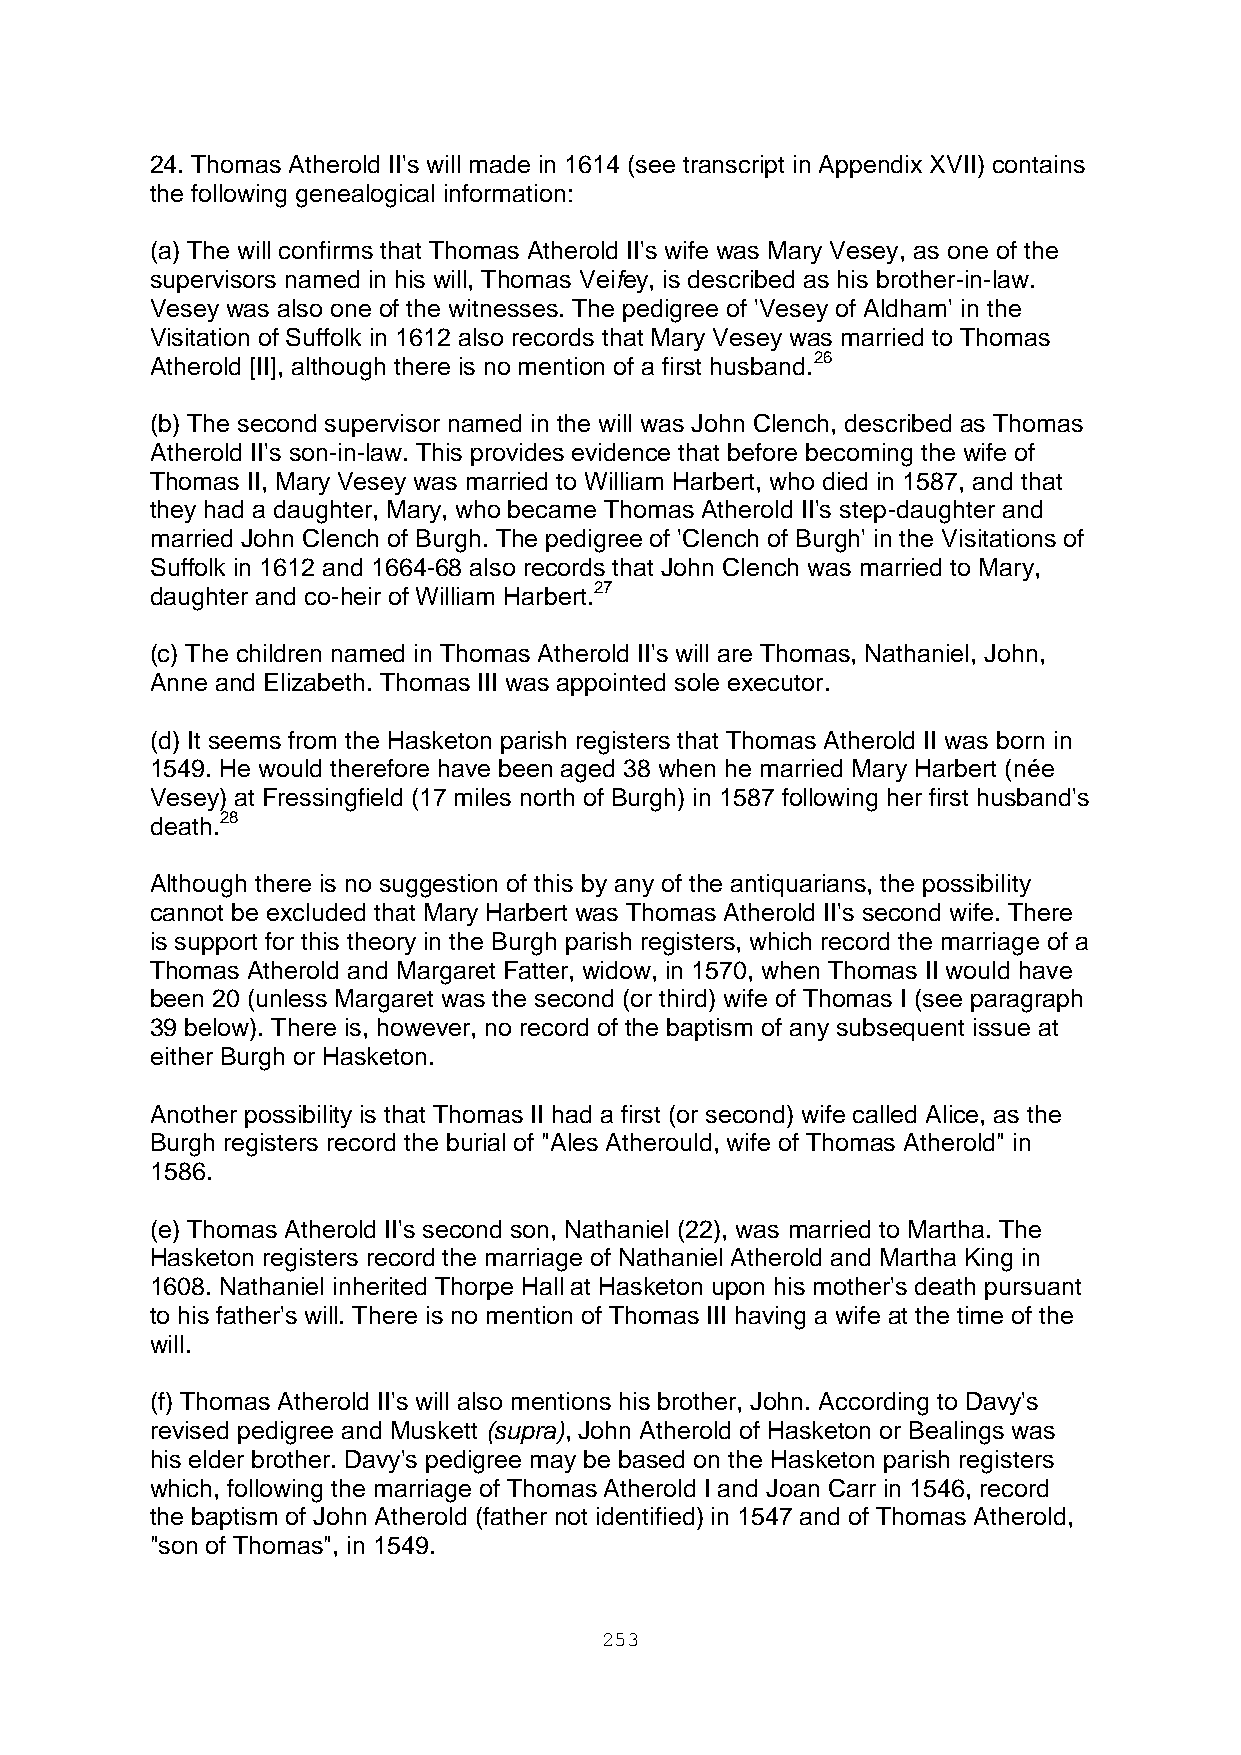
24. Thomas Atherold II's will made in 1614 (see transcript in Appendix XVII) contains
 the following genealogical information:
 (a) The will confirms that Thomas Atherold II's wife was Mary Vesey, as one of the
 supervisors named in his will, Thomas Veifey, is described as his brother-in-law.
 Vesey was also one of the witnesses. The pedigree of 'Vesey of Aldham' in the
 Visitation of Suffolk in 1612 also records that Mary Vesey was married to Thomas
 Atherold [II], although there is no mention of a first husband.26
 (b) The second supervisor named in the will was John Clench, described as Thomas
 Atherold II's son-in-law. This provides evidence that before becoming the wife of
 Thomas II, Mary Vesey was married to William Harbert, who died in 1587, and that
 they had a daughter, Mary, who became Thomas Atherold II's step-daughter and
 married John Clench of Burgh. The pedigree of 'Clench of Burgh' in the Visitations of
 Suffolk in 1612 and 1664-68 also records that John Clench was married to Mary,
 daughter and co-heir of William Harbert.27
 (c) The children named in Thomas Atherold II's will are Thomas, Nathaniel, John,
 Anne and Elizabeth. Thomas III was appointed sole executor.
 (d) It seems from the Hasketon parish registers that Thomas Atherold II was born in
 1549. He would therefore have been aged 38 when he married Mary Harbert (née
 Vesey) at Fressingfield (17 miles north of Burgh) in 1587 following her first husband's
 death.28
 Although there is no suggestion of this by any of the antiquarians, the possibility
 cannot be excluded that Mary Harbert was Thomas Atherold II's second wife. There
 is support for this theory in the Burgh parish registers, which record the marriage of a
 Thomas Atherold and Margaret Fatter, widow, in 1570, when Thomas II would have
 been 20 (unless Margaret was the second (or third) wife of Thomas I (see paragraph
 39 below). There is, however, no record of the baptism of any subsequent issue at
 either Burgh or Hasketon.
 Another possibility is that Thomas II had a first (or second) wife called Alice, as the
 Burgh registers record the burial of "Ales Atherould, wife of Thomas Atherold" in
 1586.
 (e) Thomas Atherold II's second son, Nathaniel (22), was married to Martha. The
 Hasketon registers record the marriage of Nathaniel Atherold and Martha King in
 1608. Nathaniel inherited Thorpe Hall at Hasketon upon his mother's death pursuant
 to his father's will. There is no mention of Thomas III having a wife at the time of the
 will.
 (f) Thomas Atherold II's will also mentions his brother, John. According to Davy's
 revised pedigree and Muskett (supra), John Atherold of Hasketon or Bealings was
 his elder brother. Davy's pedigree may be based on the Hasketon parish registers
 which, following the marriage of Thomas Atherold I and Joan Carr in 1546, record
 the baptism of John Atherold (father not identified) in 1547 and of Thomas Atherold,
 "son of Thomas", in 1549.
 253